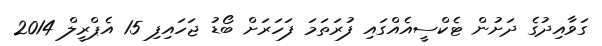
ގަވާއިދުގެ ދަށުން ޓެކްސީއެއްގައި ފުރަތަމަ ފަހަރަށް ބޯޑު ޖަހައިފި 15 އެޕްރީލް 2014